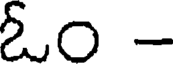
ఓం -